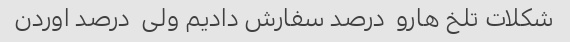
شکلات تلخ هارو  درصد سفارش دادیم ولی  درصد اوردن